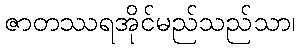
ဇာတဿရအိုင်မည်သည်သာ၊